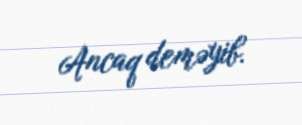
Ancaq deməyib.